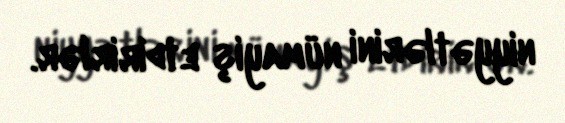
niyyətlərini nümayiş etdirirlər.